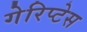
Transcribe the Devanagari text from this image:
गेरिप्टेस